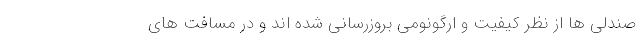
صندلی ها از نظر کیفیت و ارگونومی بروزرسانی شده اند و در مسافت های